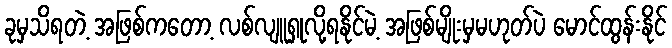
ခုမှသိရတဲ့ အဖြစ်ကတော့ လစ်လျူရှုလို့ရနိုင်မဲ့ အဖြစ်မျိုးမှမဟုတ်ပဲ မောင်ထွန်းနိုင်